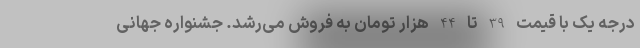
درجه یک با قیمت 39 تا 44 هزار تومان به فروش می‌رشد. جشنواره جهانی